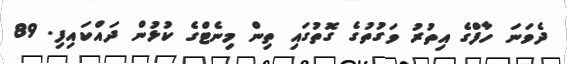
ދެވަނަ ހާފްގެ އިތުރު ވަގުތުގެ ގޮތުގައި ތިން މިނެޓްގެ ކުޅުން ދައްކައިފި. 89